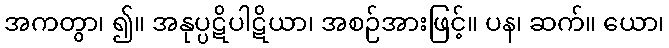
အကတွာ၊ ၍။ အနုပ္ပဋိပါဋိယာ၊ အစဉ်အားဖြင့်။ ပန၊ ဆက်။ ယော၊